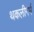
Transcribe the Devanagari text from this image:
थकलीगर्भ